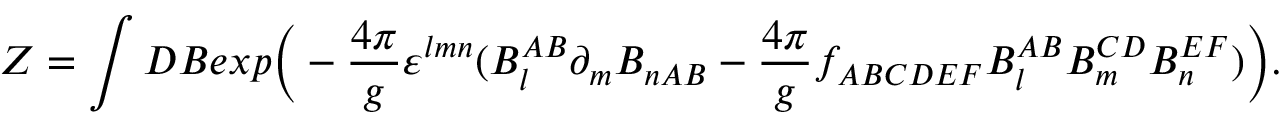
Z = \int { \cal D } B e x p \bigg ( - { \frac { 4 \pi } { g } } \varepsilon ^ { l m n } ( B _ { l } ^ { A B } \partial _ { m } B _ { n A B } - { \frac { 4 \pi } { g } } f _ { A B C D E F } B _ { l } ^ { A B } B _ { m } ^ { C D } B _ { n } ^ { E F } ) \bigg ) .